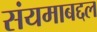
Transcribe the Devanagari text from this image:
संयमाबद्दल